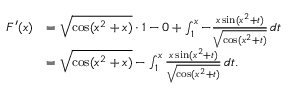
\begin{array} { r l } { F ^ { \prime } ( x ) } & { = \sqrt { \cos ( x ^ { 2 } + x ) } \cdot 1 - 0 + \int _ { 1 } ^ { x } - \frac { x \sin ( x ^ { 2 } + t ) } { \sqrt { \cos ( x ^ { 2 } + t ) } } \, d t } \\ & { = \sqrt { \cos ( x ^ { 2 } + x ) } - \int _ { 1 } ^ { x } \frac { x \sin ( x ^ { 2 } + t ) } { \sqrt { \cos ( x ^ { 2 } + t ) } } \, d t . } \end{array}